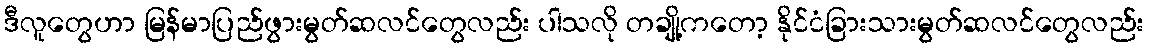
ဒီလူတွေဟာ မြန်မာပြည်ဖွားမွတ်ဆလင်တွေလည်း ပါသလို တချို့ကတော့ နိုင်ငံခြားသားမွတ်ဆလင်တွေလည်း